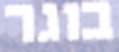
בוגר